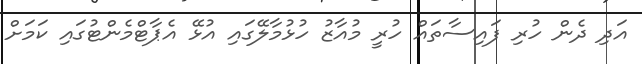
އަދި ދެން ހުރި ފައިސާތައް ހުރީ މުއާޒު ހުޅުމާލޭގައި އުޅޭ އެޕާޓްމެންޓުގައި ކަމަށް